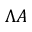
\Lambda A